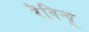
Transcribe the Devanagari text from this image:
रॆविन्यू